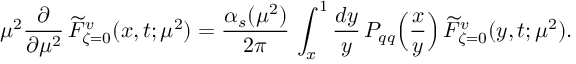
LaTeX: \mu ^ { 2 } \frac { \partial } { \partial \mu ^ { 2 } } \, \widetilde { \cal F } _ { \zeta = 0 } ^ { v } ( x , t ; \mu ^ { 2 } ) = \frac { \alpha _ { s } ( \mu ^ { 2 } ) } { 2 \pi } \, \int _ { x } ^ { 1 } \frac { d y } { y } \, P _ { q q } \Big ( \frac { x } { y } \Big ) \, \widetilde { \cal F } _ { \zeta = 0 } ^ { v } ( y , t ; \mu ^ { 2 } ) .